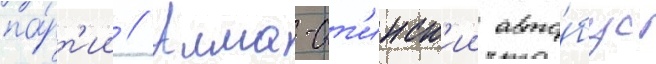
па́рт'ии // Алма-ат'инск'ии авто́бус